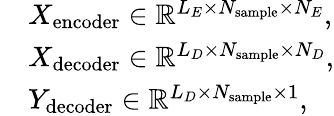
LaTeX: \begin{array}{rl}&{X_{\mathrm{encoder}}\in\mathbb R^{L_{E}\times N_{\mathrm{sample}}\times N_{E}},}\\ &{X_{\mathrm{decoder}}\in\mathbb R^{L_{D}\times N_{\mathrm{sample}}\times N_{D}},}\\ &{Y_{\mathrm{decoder}}\in\mathbb R^{L_{D}\times N_{\mathrm{sample}}\times 1},}\end{array}